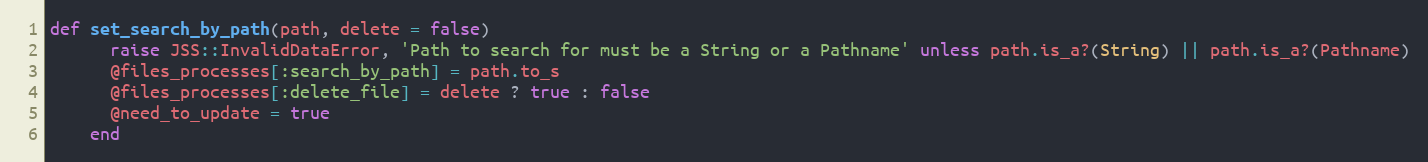
Language: Ruby
def set_search_by_path(path, delete = false)
      raise JSS::InvalidDataError, 'Path to search for must be a String or a Pathname' unless path.is_a?(String) || path.is_a?(Pathname)
      @files_processes[:search_by_path] = path.to_s
      @files_processes[:delete_file] = delete ? true : false
      @need_to_update = true
    end